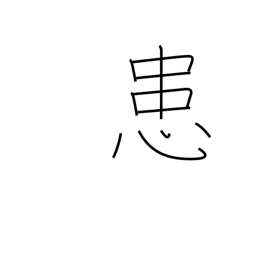
Meaning: afflicted